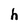
Character: h